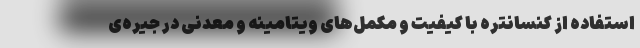
استفاده از کنسانتره با کیفیت و مکمل‌های ویتامینه و معدنی در جیره‌ی